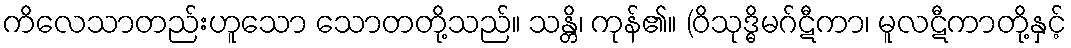
ကိလေသာတည်းဟူသော သောတတို့သည်။ သန္တိ၊ ကုန်၏။ (ဝိသုဒ္ဓိမဂ်ဋီကာ၊ မူလဋီကာတို့နှင့်